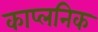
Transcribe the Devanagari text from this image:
काप्लनिक